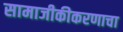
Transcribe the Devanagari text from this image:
सामाजीकीकरणाचा